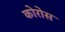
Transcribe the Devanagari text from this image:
कोरोस